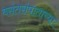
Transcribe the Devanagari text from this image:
वसंतसंपाताच्या